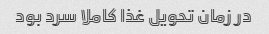
در زمان تحویل غذا کاملا سرد بود